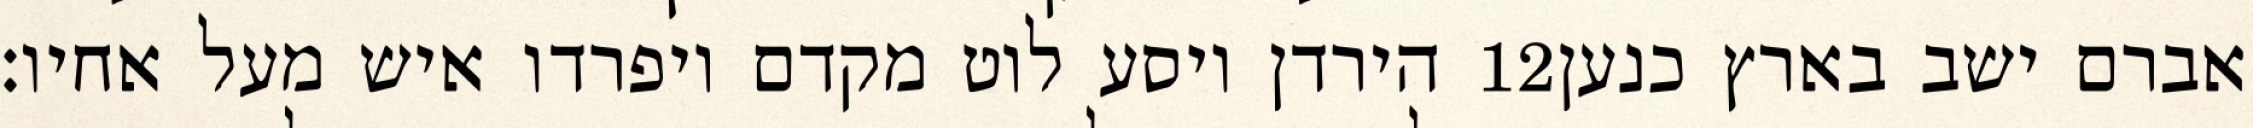
הירדן ויסע לוט מקדם ויפרדו איש מעל אחיו׃ ‎12‏ אברם ישב בארץ כנען